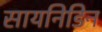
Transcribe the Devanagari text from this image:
सायनिडिन